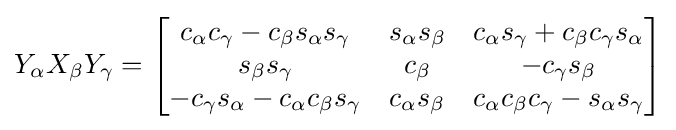
Y_{\alpha }X_{\beta }Y_{\gamma }={\begin{bmatrix}c_{\alpha }c_{\gamma }-c_{\beta }s_{\alpha }s_{\gamma }&s_{\alpha }s_{\beta }&c_{\alpha }s_{\gamma }+c_{\beta }c_{\gamma }s_{\alpha }\\s_{\beta }s_{\gamma }&c_{\beta }&-c_{\gamma }s_{\beta }\\-c_{\gamma }s_{\alpha }-c_{\alpha }c_{\beta }s_{\gamma }&c_{\alpha }s_{\beta }&c_{\alpha }c_{\beta }c_{\gamma }-s_{\alpha }s_{\gamma }\end{bmatrix}}